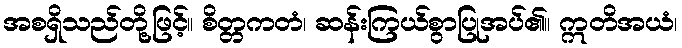
အစရှိသည်တို့ဖြင့်။ စိတ္တကတံ၊ ဆန်းကြယ်စွာပြုအပ်၏။ ဣတိအယံ၊